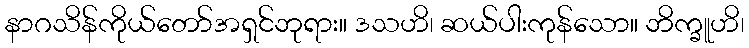
နာဂသိန်ကိုယ်တော်အရှင်ဘုရား။ ဒသဟိ၊ ဆယ်ပါးကုန်သော။ ဘိက္ခူဟိ၊